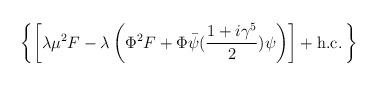
LaTeX: \begin{align*}\left\{ \left[ \lambda\mu^2 F -\lambda\left(\Phi^2F+ \Phi \bar\psi ({1+i\gamma^5 \over 2})\psi\right) \right] +{\rm h.c.} \, \right\}\end{align*}